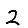
Digit: 2